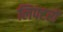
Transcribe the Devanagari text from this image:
लिफ्टरों